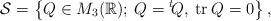
\begin{align*}\mathcal S = \left\lbrace Q\in M_3(\mathbb R);\: Q={}^t\! Q,\: \mathrm{tr}\: Q =0 \right\rbrace,\end{align*}